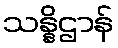
သန္နိဌာန်